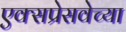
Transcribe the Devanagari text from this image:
एक्सप्रेसवेच्या